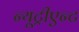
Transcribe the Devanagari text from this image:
न्यूट्रीएन्ट